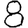
Digit: 8